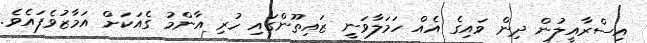
އިސްރާއީލުން ދިން ވައިގެ އެއް ހަމަލާވަނީ ޒައިތޫންގައި ހުރި އާންމު ގެއަކަށް އަމާޒުވެފައެވެ.